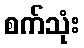
စက်သုံး